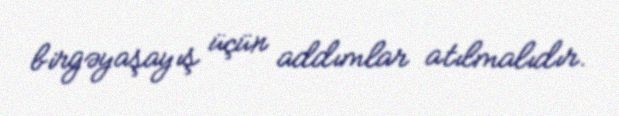
birgəyaşayış üçün addımlar atılmalıdır.